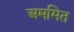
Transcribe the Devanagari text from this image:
अममित